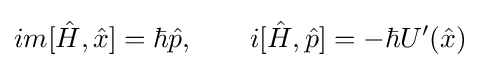
im[{\hat {H}},{\hat {x}}]=\hbar {\hat {p}},\qquad i[{\hat {H}},{\hat {p}}]=-\hbar U'({\hat {x}})